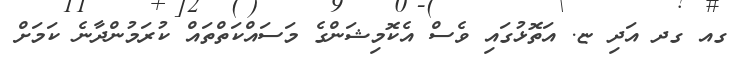
ގއ ގދ އަދި ޏ. އަތޮޅުގައި ވެސް އެކޮމިޝަންގެ މަސައްކަތްތައް ކުރަމުންދާނެ ކަމަށް